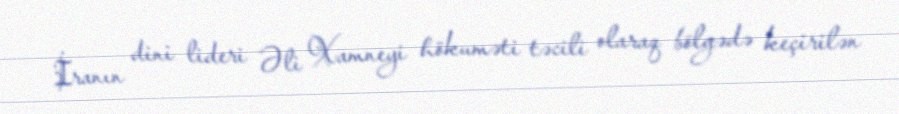
İranın dini lideri Əli Xamneyi hökuməti təcili olaraq bölgədə keçirilən